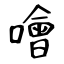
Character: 噲